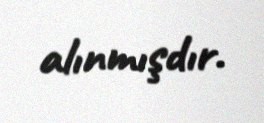
alınmışdır.